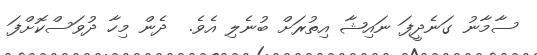
ސާމާނު ގަނެދީފަ ނައިޝާ އިތުރަށް ބުނެލި އެވެ.  ދެން މިހާ ދުވަސްކޮށްފަ